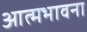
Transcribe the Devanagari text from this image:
आत्मभावना